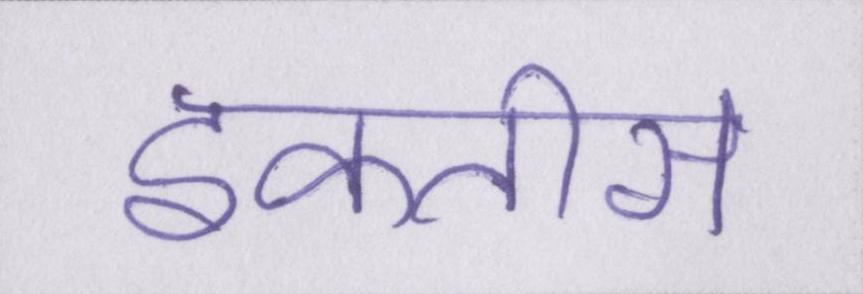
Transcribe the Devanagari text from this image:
इकतीस